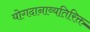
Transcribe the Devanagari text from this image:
योगदानाव्यतिरिक्त